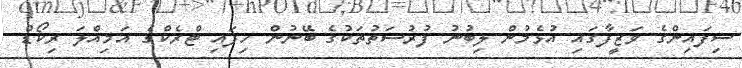
ސިފައިންގެ ވަޒީފާގައި އުޅެމުން ލިބުނު ފުރުސަތުތަކުގެ ބޭނުން ހިފައި ޓްރެކްގެ އަމިއްލަ ރިކޯޑް